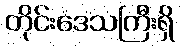
တိုင်းဒေသကြီးရှိ